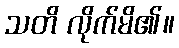
သတိ လိုက်မိ၏။